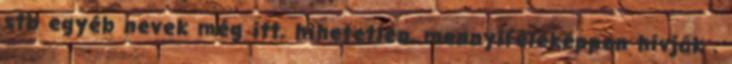
stb egyéb nevek még itt, hihetetlen, mennyiféleképpen hívják .